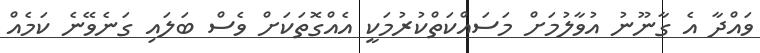
ވައްދާ އެ ގާނޫނު އުވާލުމަށް މަސައްކަތްކުރުމަކީ އެއްގޮތަކަށް ވެސް ބަލައި ގަނެވޭނެ ކަމެއް